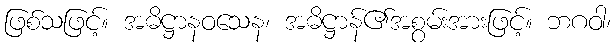
ဖြစ်သဖြင့်။ အဓိဋ္ဌာနဝသေန၊ အဓိဋ္ဌာန်၏အစွမ်းအားဖြင့်။ ဘဂဝါ၊